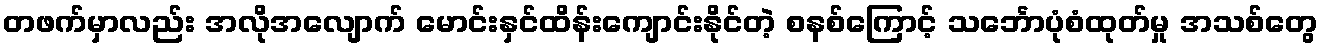
တဖက်မှာလည်း အလိုအလျောက် မောင်းနှင်ထိန်းကျောင်းနိုင်တဲ့ စနစ်ကြောင့် သင်္ဘောပုံစံထုတ်မှု အသစ်တွေ